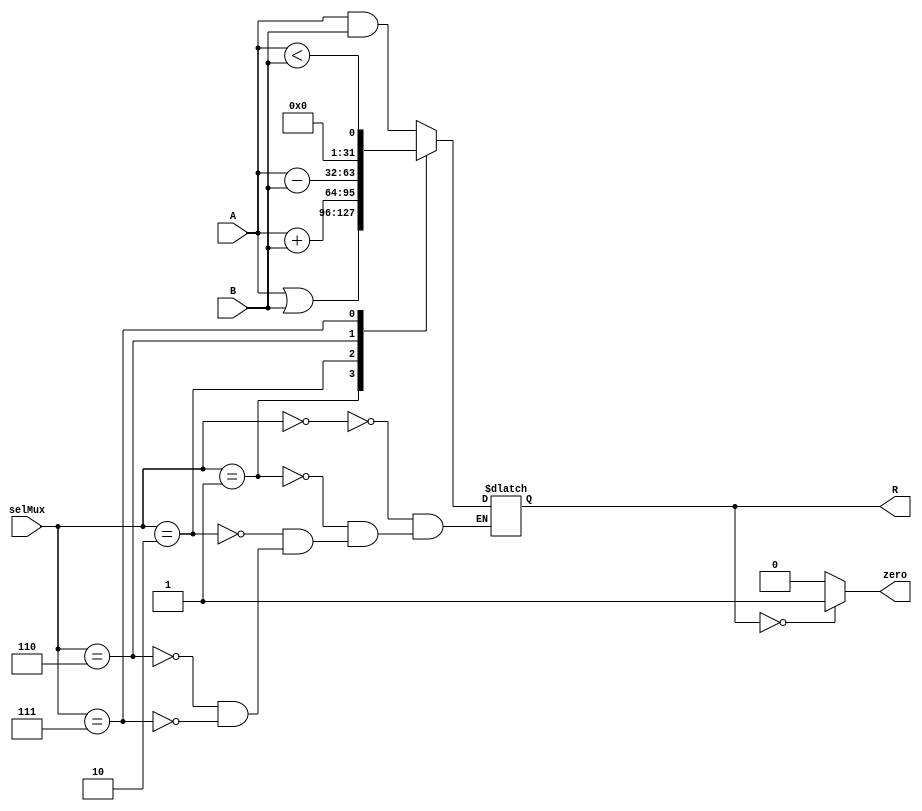
module ALUMips(
    input  [31:0]A,
    input  [31:0]B,
    input  [2:0]selMux,
    output reg zero,
    output reg[31:0]R);
always @ (*)
 begin
  case(selMux)
   3'b000: R = A&B;
   3'b001: R = A|B;
   3'b010: R = A+B;
   3'b110: R = A-B;
   3'b111: R = A<B ;
  endcase
 end
 always @ (*)
	begin
	if (R == 0)
		zero = 1;
	else 
		zero = 0;
	end

endmodule